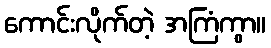
ကောင်းလိုက်တဲ့ အကြံကွာ။